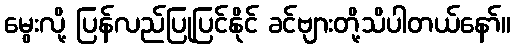
မွေးလို့ ပြန်လည်ပြုပြင်နိုင် ခင်ဗျားတို့သိပါတယ်နော်။